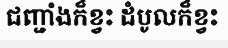
ជញ្ជាំងក៏ខ្វះ ដំបូលក៏ខ្វះ